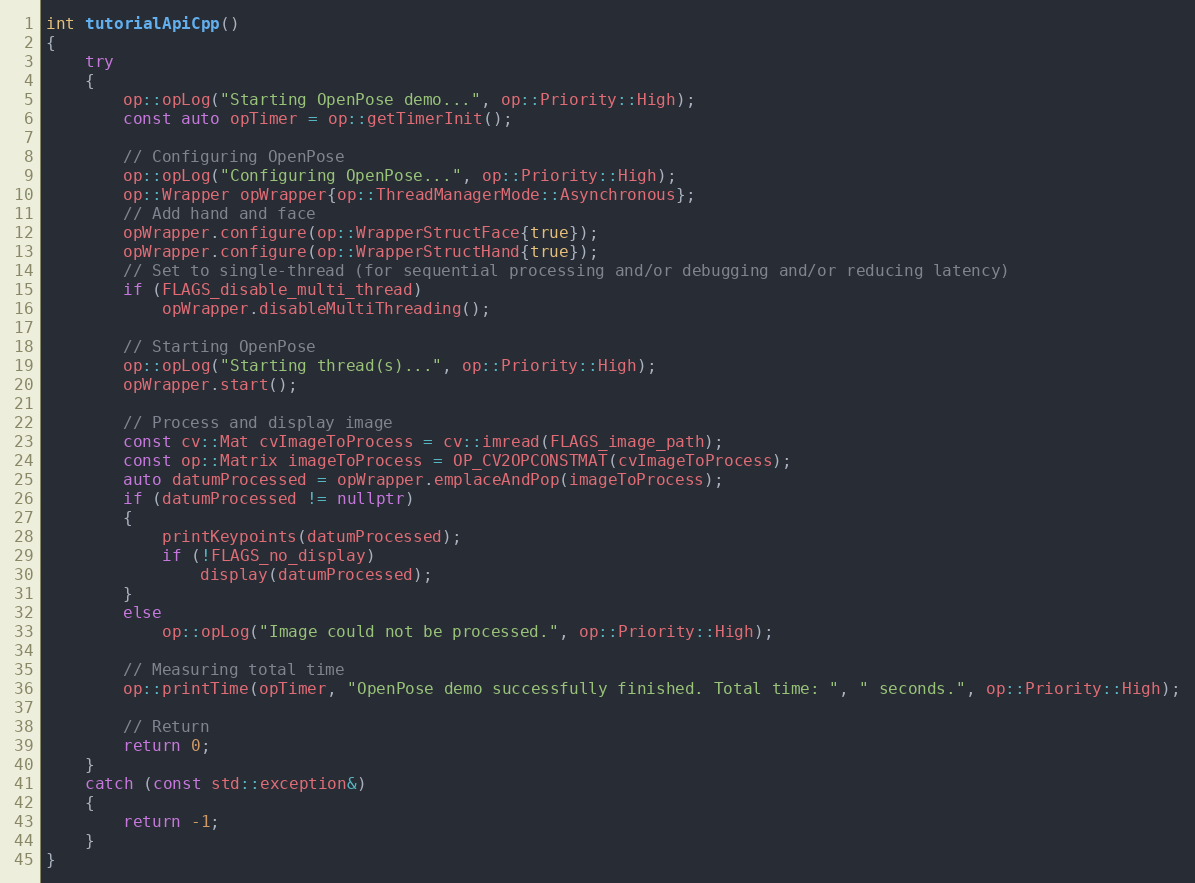
Language: C++
int tutorialApiCpp()
{
    try
    {
        op::opLog("Starting OpenPose demo...", op::Priority::High);
        const auto opTimer = op::getTimerInit();

        // Configuring OpenPose
        op::opLog("Configuring OpenPose...", op::Priority::High);
        op::Wrapper opWrapper{op::ThreadManagerMode::Asynchronous};
        // Add hand and face
        opWrapper.configure(op::WrapperStructFace{true});
        opWrapper.configure(op::WrapperStructHand{true});
        // Set to single-thread (for sequential processing and/or debugging and/or reducing latency)
        if (FLAGS_disable_multi_thread)
            opWrapper.disableMultiThreading();

        // Starting OpenPose
        op::opLog("Starting thread(s)...", op::Priority::High);
        opWrapper.start();

        // Process and display image
        const cv::Mat cvImageToProcess = cv::imread(FLAGS_image_path);
        const op::Matrix imageToProcess = OP_CV2OPCONSTMAT(cvImageToProcess);
        auto datumProcessed = opWrapper.emplaceAndPop(imageToProcess);
        if (datumProcessed != nullptr)
        {
            printKeypoints(datumProcessed);
            if (!FLAGS_no_display)
                display(datumProcessed);
        }
        else
            op::opLog("Image could not be processed.", op::Priority::High);

        // Measuring total time
        op::printTime(opTimer, "OpenPose demo successfully finished. Total time: ", " seconds.", op::Priority::High);

        // Return
        return 0;
    }
    catch (const std::exception&)
    {
        return -1;
    }
}